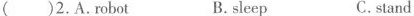
( )2.A.Robot B.sleep C.stand